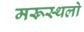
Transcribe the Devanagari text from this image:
मरूस्थलो